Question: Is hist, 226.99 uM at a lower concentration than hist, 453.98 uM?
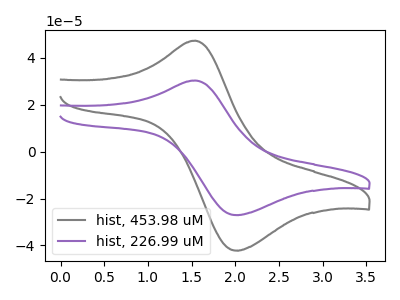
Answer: <think>The gray curve "hist, 453.98 uM" has an anodic peak at (1.55V, 47.35uA) and a cathodic peak at (2.00V, -42.20uA). The purple curve "hist, 226.99 uM" has an anodic peak at (1.55V, 30.35uA) and a cathodic peak at (2.00V, -27.05uA).
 All the peaks in "hist, 453.98 uM" have a peak in "hist, 226.99 uM" at the same potential. Every peak in "hist, 453.98 uM" is higher than every peak in "hist, 226.99 uM".</think>
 <answer>"hist, 453.98 uM" has more signal than "hist, 226.99 uM" and so likely has a higher concentration.</answer>
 <eval>more_concentration</eval>